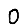
Digit: 0